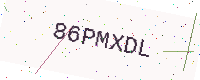
Text: 86PMXDL